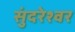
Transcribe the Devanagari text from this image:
सुंदरेश्‍वर